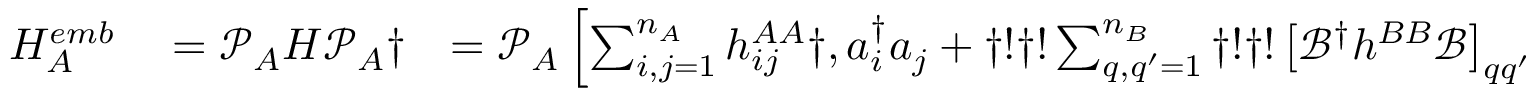
\begin{array} { r l r l } { H _ { A } ^ { e m b } } & { { } = \mathcal { P } _ { A } H \mathcal { P } _ { A } \dag } & { = \mathcal { P } _ { A } \left[ \sum _ { i , j = 1 } ^ { n _ { A } } h _ { i j } ^ { A A } \dag , a _ { i } ^ { \dagger } a _ { j } + \dag ! \dag ! \sum _ { q , q ^ { \prime } = 1 } ^ { n _ { B } } \dag ! \dag ! \left[ \mathcal { B } ^ { \dagger } h ^ { B B } \mathcal { B } \right] _ { q q ^ { \prime } } b _ { q } ^ { \dagger } b _ { q ^ { \prime } } \right. \dag } & { { } \left. + \sum _ { i , q = 1 } ^ { n _ { A } } \left( \left[ h ^ { A B } \mathcal { B } \right] _ { i q } \dag , a _ { i } ^ { \dagger } b _ { q } + \mathrm { ~ H ~ . ~ c ~ . ~ } \right) + \mathrm { ~ c ~ o ~ n ~ s ~ t ~ } \right] \mathcal { P } _ { A } \dag , . } \end{array}